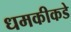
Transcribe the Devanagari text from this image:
धमकीकडे